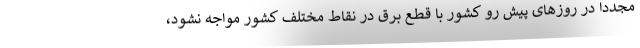
مجدداً در روزهای پیش رو کشور با قطع برق در نقاط مختلف کشور مواجه نشود،